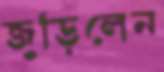
জুড়িলেন